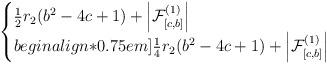
LaTeX: \begin{align*}\begin{cases}\frac{1}{2}r_2(b^2-4c+1) + \left|\mathcal F_{[c,b]}^{(1)}\right| & \\begin{align*}0.75em]\frac{1}{4}r_2(b^2-4c+1) + \left|\mathcal F_{[c,b]}^{(1)}\right| & \end{cases}\end{align*}